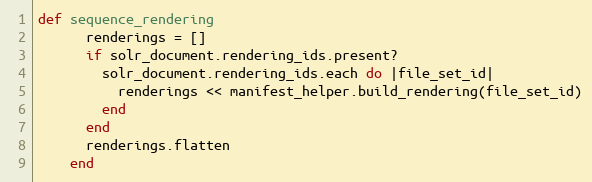
Language: Ruby
def sequence_rendering
      renderings = []
      if solr_document.rendering_ids.present?
        solr_document.rendering_ids.each do |file_set_id|
          renderings << manifest_helper.build_rendering(file_set_id)
        end
      end
      renderings.flatten
    end